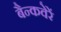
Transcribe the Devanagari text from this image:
बैन्कवेरें